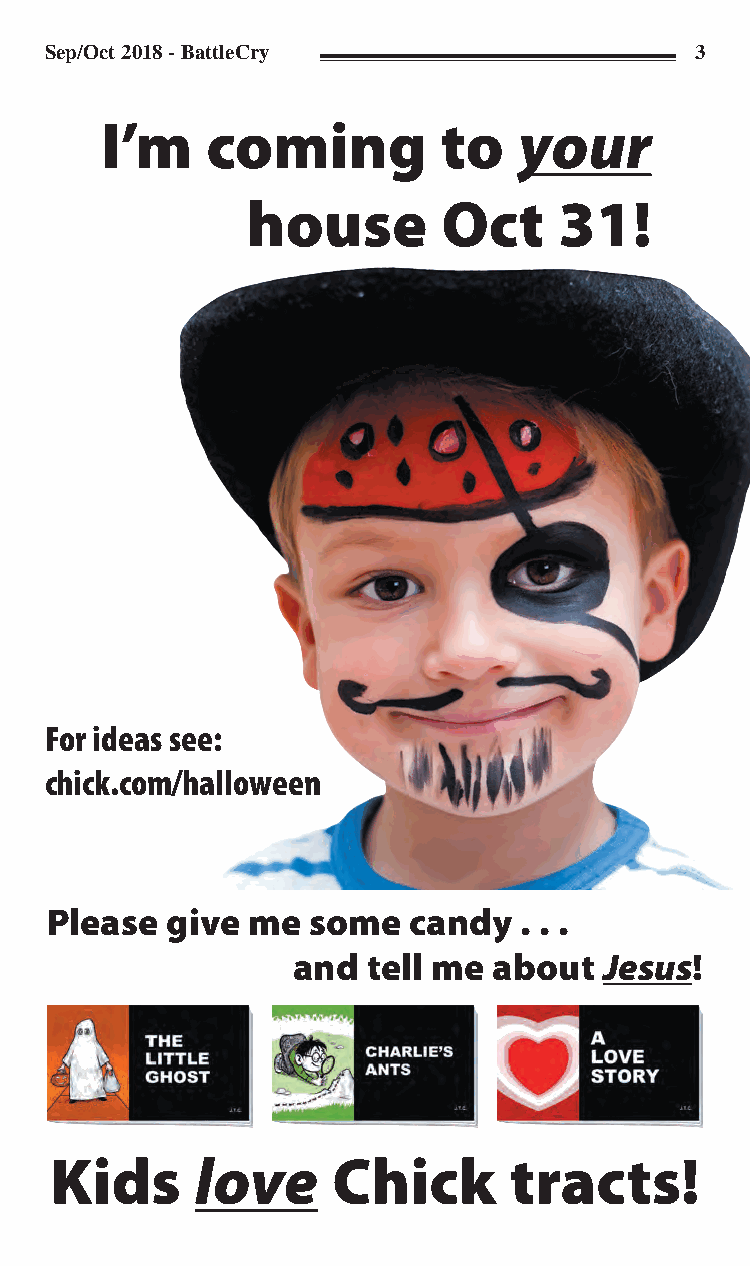
Sep/Oct 2018 - BattleCry                   3
 I’m    coming         to   your
 house        Oct     31!
 For ideas see:
 chick.com/halloween
 Please  give me  some   candy  . . .
 and  tell me  about  Jesus!
 Kids      love     Chick       tracts!